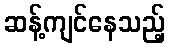
ဆန့်ကျင်နေသည့်